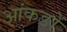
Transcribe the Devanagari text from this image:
आंकङों